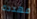
مهددة